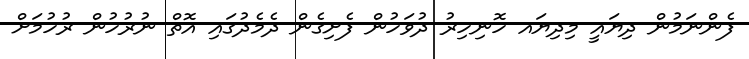
ފެންނަމުން ދިޔައީ މިދިޔައ ހޮނިހިރު ދުވަހުން ފެށިގެން ދެމެދުގައި އޮތް ނުރުހުން ރުހުމަށް